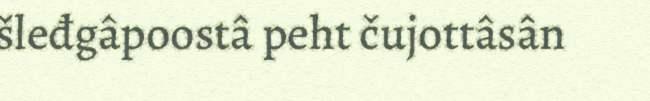
šleđgâpoostâ peht čujottâsân